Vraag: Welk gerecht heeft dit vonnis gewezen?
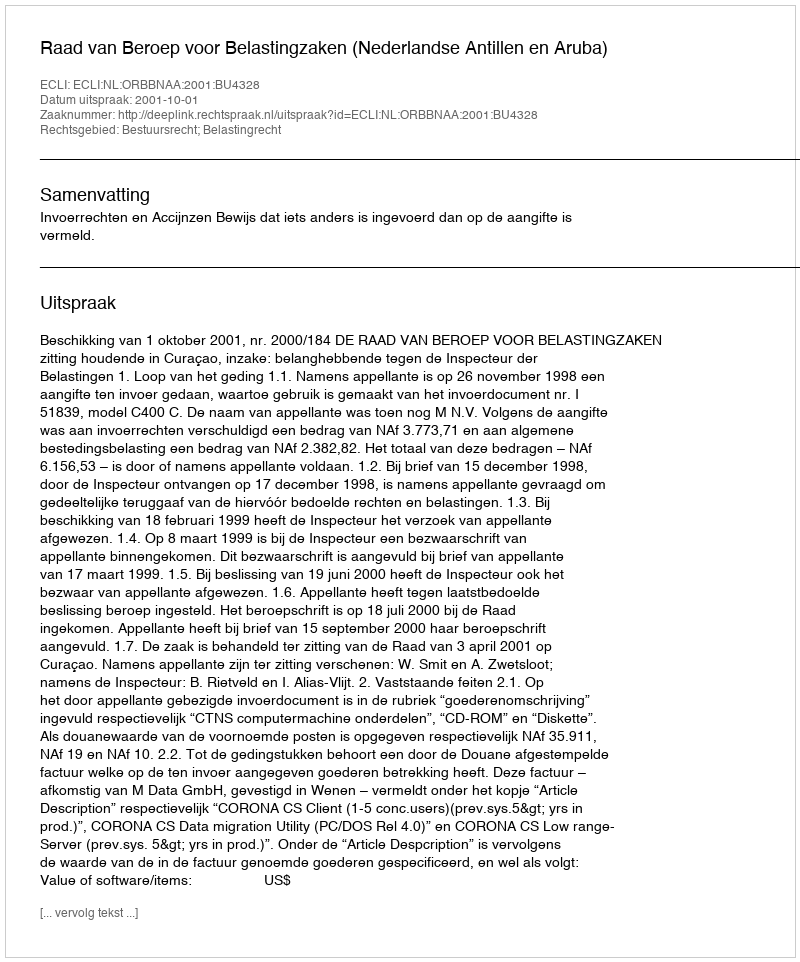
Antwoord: Raad van Beroep voor Belastingzaken (Nederlandse Antillen en Aruba)